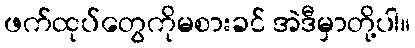
ဖက်ထုပ်တွေကိုမစားခင် အဲဒီမှာတို့ပါ။